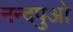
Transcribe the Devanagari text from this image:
नन्दपुओ